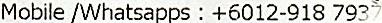
MOBILE /WHATSAPPS : +6012-918 7937